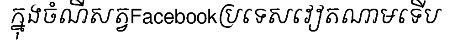
ក្នុងចំណីសត្វFacebookប្រទេសវៀតណាមទើប